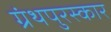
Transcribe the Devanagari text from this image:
ग्रंथपुरस्कार